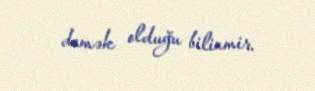
demək olduğu bilinmir.